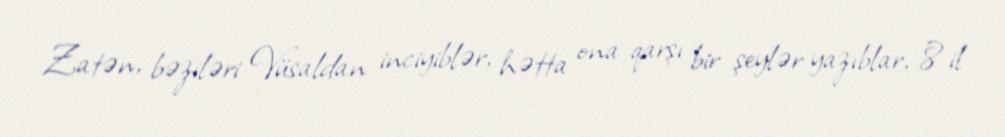
Zatən, bəziləri Vüsaldan inciyiblər, hətta ona qarşı bir şeylər yazıblar, 8 il